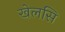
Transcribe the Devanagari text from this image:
खेलसि